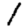
Digit: 1